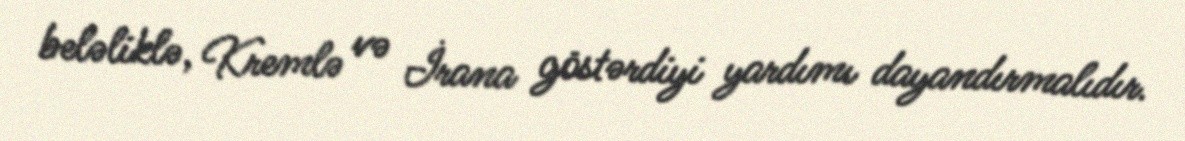
beləliklə, Kremlə və İrana göstərdiyi yardımı dayandırmalıdır.